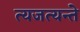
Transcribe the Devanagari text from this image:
त्यजत्यन्ते